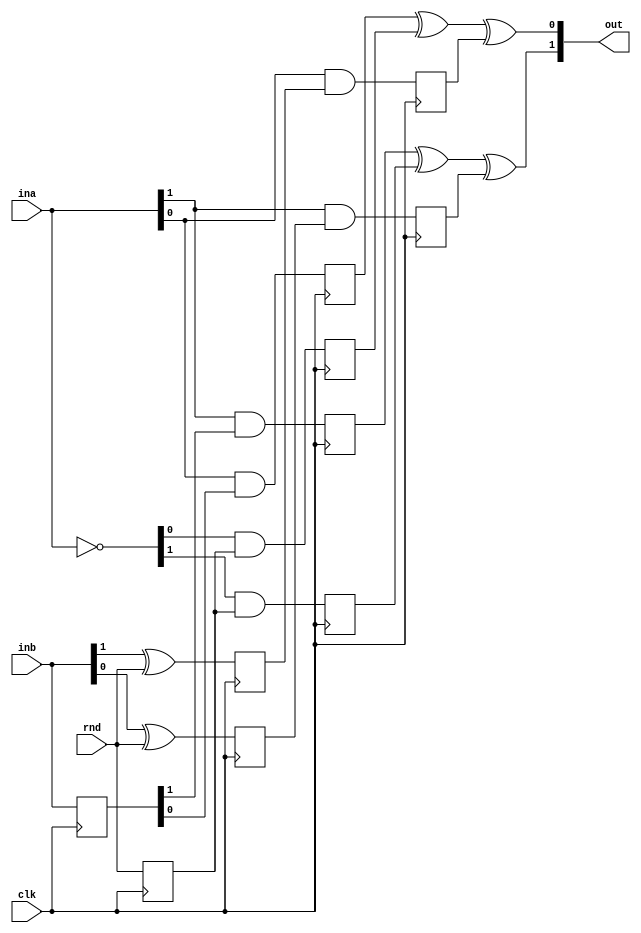
`timescale 1ns/1ps
module MSKand_HPC2 #(parameter d=2) (ina, inb, rnd, clk, out);

localparam and_pini_mul_nrnd = d*(d-1)/2;
localparam and_pini_nrnd = and_pini_mul_nrnd;

input  [d-1:0] ina;
input  [d-1:0] inb;
input [and_pini_nrnd-1:0] rnd;
input clk;
output [d-1:0] out;

genvar i,j;

// unpack vector to matrix --> easier for randomness handling
reg [and_pini_nrnd-1:0] rnd_prev;
always @(posedge clk) rnd_prev <= rnd;

wire [d-1:0] rnd_mat [d-1:0]; 
wire [d-1:0] rnd_mat_prev [d-1:0]; 
for(i=0; i<d; i=i+1) begin: igen
    assign rnd_mat[i][i] = 0;
    assign rnd_mat_prev[i][i] = 0;
    for(j=i+1; j<d; j=j+1) begin: jgen
        assign rnd_mat[j][i] = rnd[((i*d)-i*(i+1)/2)+(j-1-i)];
        assign rnd_mat[i][j] = rnd_mat[j][i];
        assign rnd_mat_prev[j][i] = rnd_prev[((i*d)-i*(i+1)/2)+(j-1-i)];
        assign rnd_mat_prev[i][j] = rnd_mat_prev[j][i];
    end
end

wire [d-1:0] not_ina = ~ina;
reg [d-1:0] inb_prev;
always @(posedge clk) inb_prev <= inb;

for(i=0; i<d; i=i+1) begin: ParProdI
    reg [d-2:0] u, v, w;
    reg aibi;
    wire aibi_comb = ina[i] & inb_prev[i];
    always @(posedge clk) aibi <= aibi_comb;
    assign out[i] = aibi ^ ^u ^ ^w;
    for(j=0; j<d; j=j+1) begin: ParProdJ
        if (i != j) begin: NotEq
            localparam j2 = j < i ?  j : j-1;
            wire u_j2_comb = not_ina[i] & rnd_mat_prev[i][j];
            wire v_j2_comb = inb[j] ^ rnd_mat[i][j];
            wire w_j2_comb = ina[i] & v[j2];
            always @(posedge clk)
            begin
                u[j2] <= u_j2_comb;
                v[j2] <= v_j2_comb;
                w[j2] <= w_j2_comb;
            end
        end
    end
end

endmodule